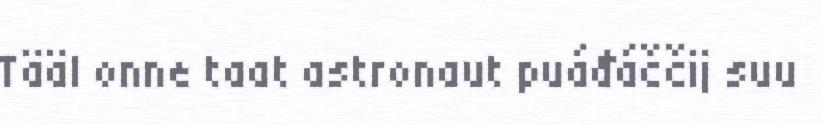
Tääl onne taat astronaut puáđáččij suu